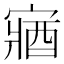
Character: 𫳼